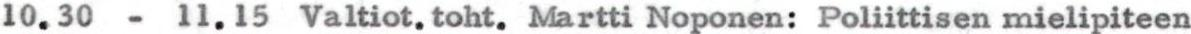
10.30 - 11.15 Valtiot.toht. Martti Noponen: Poliittisen mielipiteen